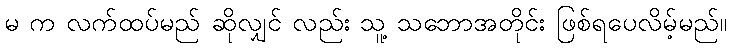
မ က လက်ထပ်မည် ဆိုလျှင် လည်း သူ့ သဘောအတိုင်း ဖြစ်ရပေလိမ့်မည်။